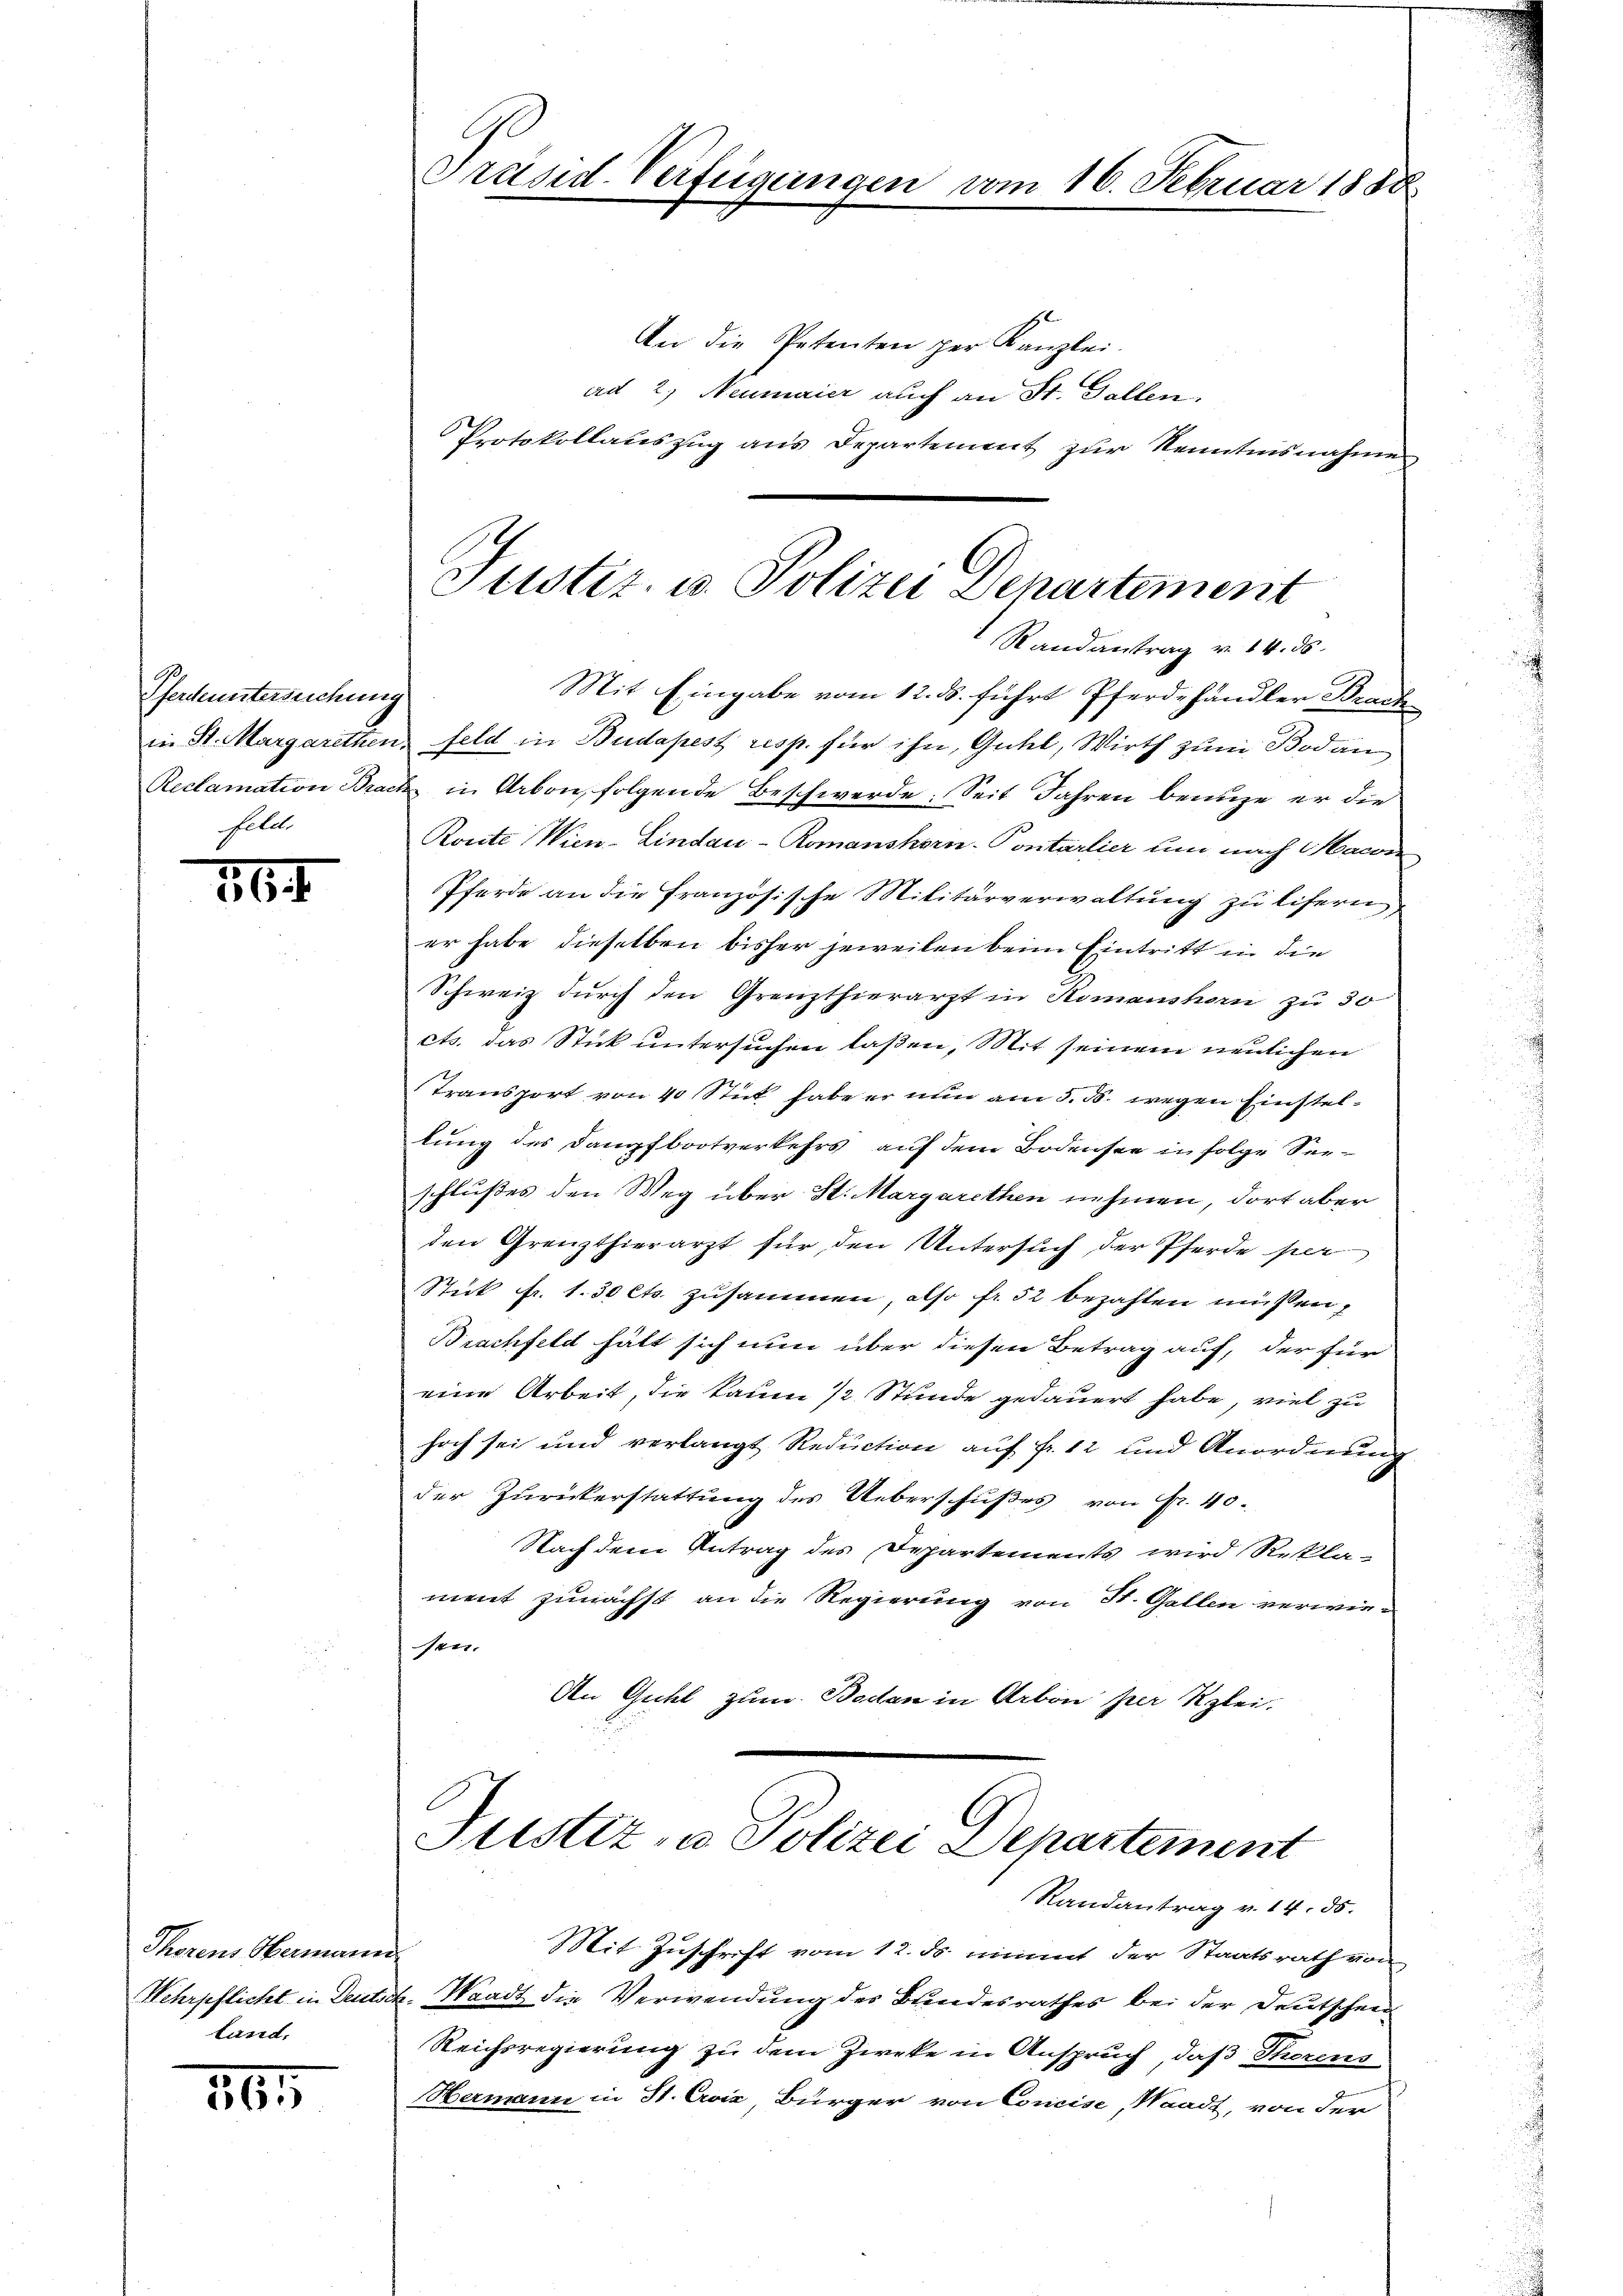
Pferdeuntersuchung
Felle

264

Stern Kammen
Wehrpflicht in Deids
tand.

261

.
Präsid-Verfügungen vom 16. Februar 1888

An die Petenten per Kanzlei.
ad 2, Neumaier auch an St. Gallen.
Protokollaŭszŭg ans Departement zŭr Kenntnisnahme

Justiz- u. Polizei Departement
Randantrag v. 14. ds.

Mit Eingabe vom 12. ds. führt Pferdehändler Brach
in St. Margarethen, feld in Budapest resp. für ihn, Gütl, Wirth zum Bodan
Reclamation Brack in Arbon, folgende Beschwerde: Seit Jahren benuze er die
Ronte Wien-Lindau-Romanshorn-Contarlier um nach Marie
Pferde an die französische Militärverwaltung zu lisern
er habe dieselben bisher jeweilen beim Eintritt in die
Schweiz durch den Grenzthierarzt in Romanshorn zu 30
ets. das Stick untersuchen laßen, Mit seinem neulichen
Transport von 40 Stick habe er nun am 5. ds. wegen Einstellung des Dampfbootverkehrs auf dem Bodenste in folge Seeschlußes den Weg über H. Margarethen nehmen, dort aber
den Grenzthierarzt für den Untersuch der Pferde ser
Stuk Fr. 1.50 Cts. zusammen, also fr. 52 bezahlen müssen,
Brachfeld hätt sich nun über diesen Betrag auf, der für
eine Arbeit, die kaum 1/2 Stunde gedauert habe, viel zu
hoch sei und verlangt Reduction auf fr. 12 und Anordnung
der Zurückerstattung des Ueberschußes von Fr. 40.
Nach dem Antrag des Departements wird Rekla-
ment zunächst an die Regierung von St. Gallen verwie¬
Pern
An Guhl zum Beden in Arbon per Klei-

Justiz- u Polizei Departement
Randantrag v. 14. ds.
Mit Zuschrift vom 12. ds. nimmt der Staatsrath von

. Waadt die Verwendung des Bundesrathes bei der Deutschein
Reichsregierung zu dem Zweke in Anspruch, daß Thorens
Hermann in St. Croix, Bürger von Concis, Waadt, von der